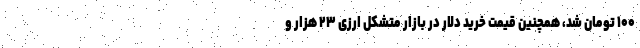
۱۰۰ تومان شد، همچنین قیمت خرید دلار در بازار متشکل ارزی ۲۳ هزار و